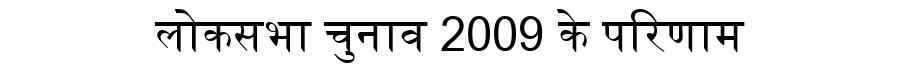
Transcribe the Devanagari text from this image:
लोकसभा चुनाव 2009 के परिणाम